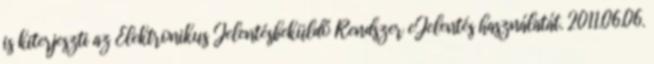
is kiterjeszti az Elektronikus Jelentésbeküldő Rendszer eJelentés használatát. 2011.06.06.